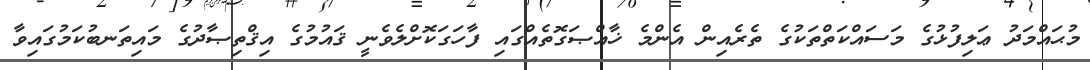
މުޙައްމަދު ޢަލިފުޅުގެ މަސައްކަތްތަކުގެ ތެރެއިން އެންމެ ޚާއްޞަގޮތެއްގައި ފާހަގަކޮށްލެވެނީ ޤައުމުގެ އިޤްތިޞާދުގެ މައިތަނބުކަމުގައިވާ